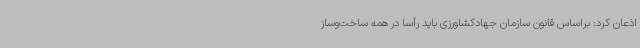
اذعان کرد: براساس قانون سازمان جهادکشاورزی باید رأسا در همه ساخت‌وساز